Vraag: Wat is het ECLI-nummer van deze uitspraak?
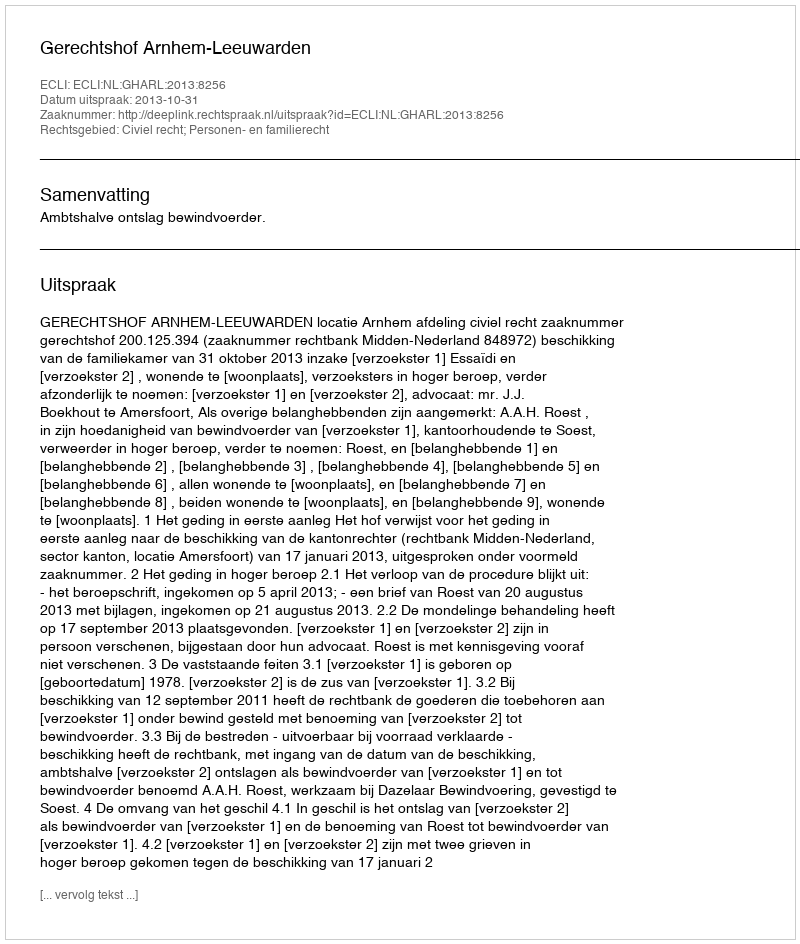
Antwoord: ECLI:NL:GHARL:2013:8256